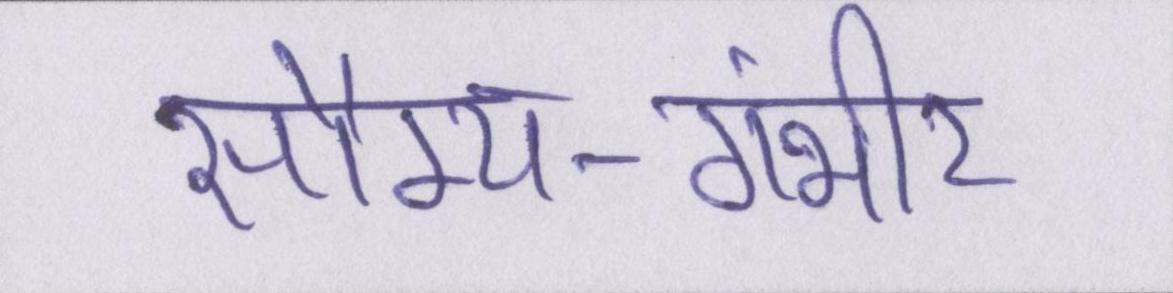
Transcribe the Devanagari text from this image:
सौम्य-गंभीर